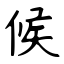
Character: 候